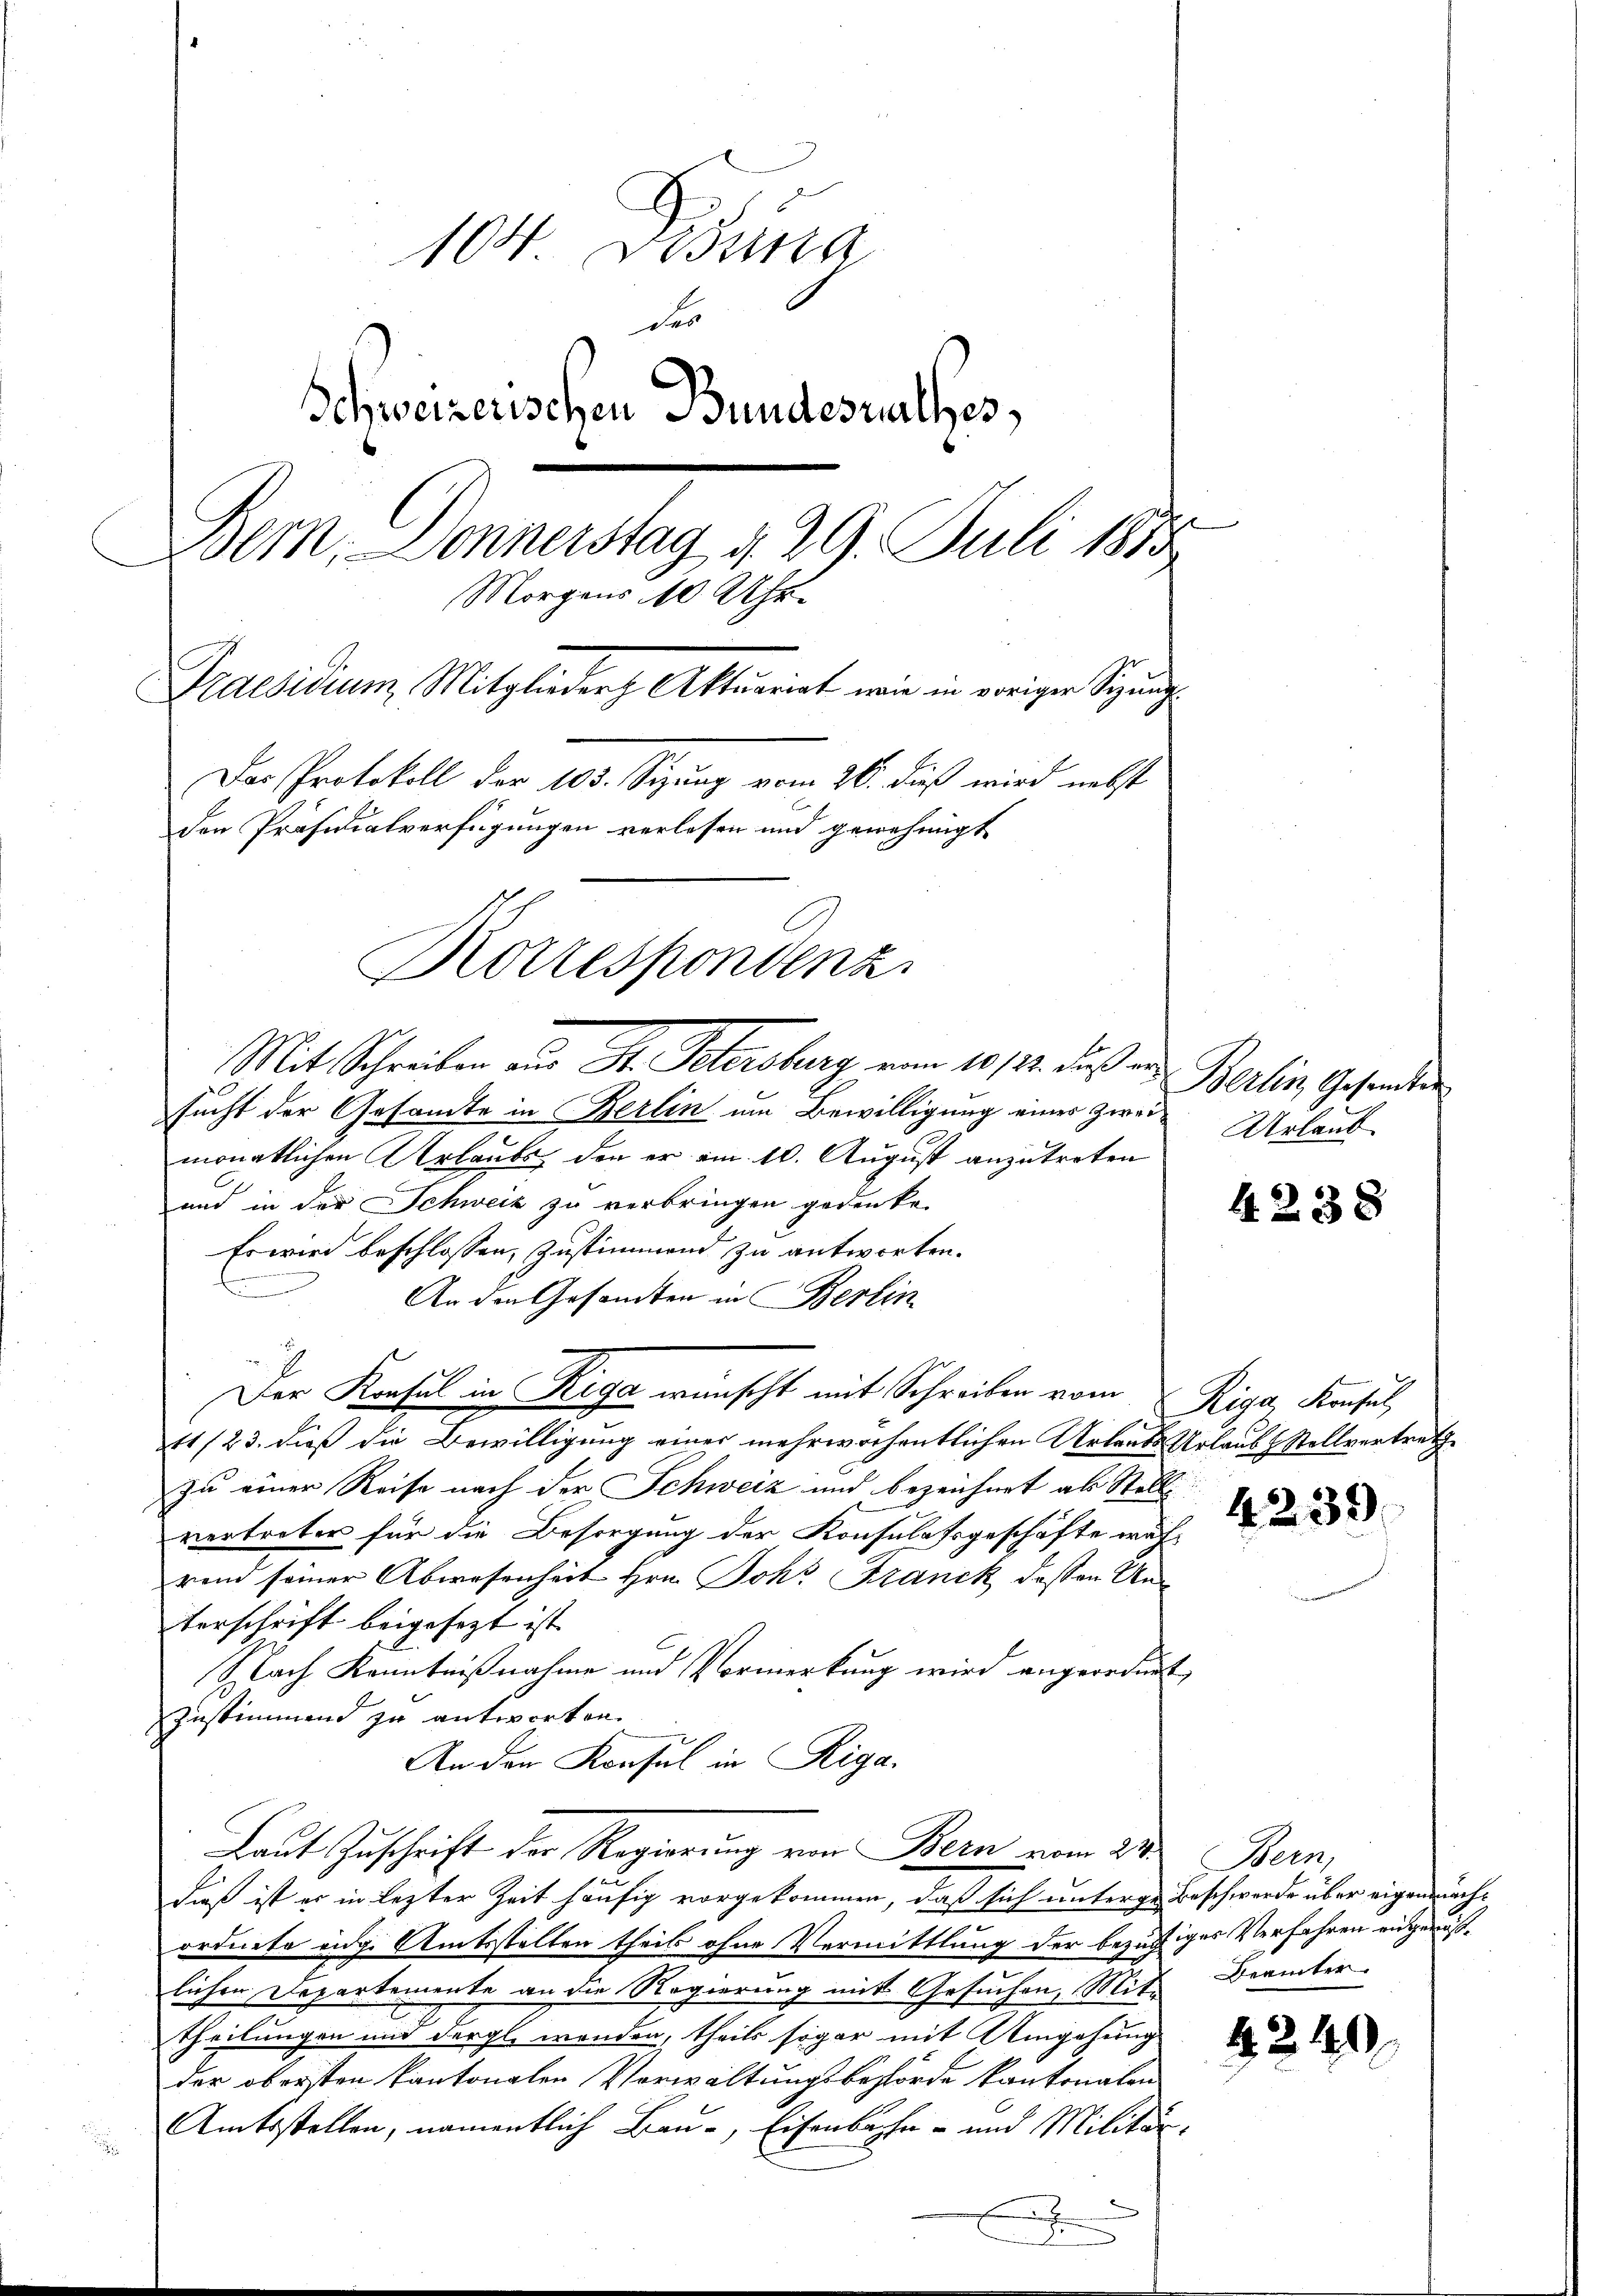
104. Lesung
des
Schweizerischen Bundesrathes,
der, Donnerstag d. 29. Juli 1855
Morgens 10 Uhr.
Praesidium Mitglieder Aktuarirt wie in voriger Sigung
Das Protokoll der 103. Sizung vom 26. dieß wird nebst
den Präsidialverfügungen verlesen und genehmigt
Korrespondenz.

Mit Schreiben aus St. Petersburg von 10/11. des aus Berlin Gesandten
sucht der Gesamte in Berlin um Bewilligung eines Zweimonatlichen Urlaubs, den er am 10. August anzutreten
und in der Schweiz zu verbringen gedenke.
Es wird beschlossen, Zustimmend zu antworten.
n
An den Gesandten in Berlin
Der Konsul in Riga wünscht mit Schreiben vom 2. Riga, Konsul,
41/23. dieß die Bewilligung einer mehrwochentlichen Urbande Urlaubt Stellvertret
zu einer Reise nach der Schweiz und bezeichnet als Stoll
vertreter für die Besorgung der Konsulatsgeschäfte wäh-
rend seiner Abwesenheit Hrn. Johr Franck dessen Unterschrift beigesezt ist.
Nach Kenntnißnahme und Vormerkung wird angeordnet,
Zustimmend zu antworten.
An den Konsul in Riga.
Laut Zuschrift der Regierung von Bern vom 24ten Bern,
daß ist er in lezter Zeit häufig vorgekommen, daß sich unterge Beschwerde über eigenmächordnete eidg. Amtsstellen theil ohne Vermittlung der bezügiges Verfahren eingemäßlichen Departemente an die Regierung mit Gesuchen, Mit Beamter
Theilungen und dergl. wenden, theils sogar mit Umgehung
der obersten kantonalen Verwaltungsbehörde kantonalen
Amtsstellen, namentlich Bau-, Eisenbahn- und Militär¬
2
.

Urlaub

4238

4239

4240